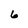
Character: 6